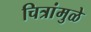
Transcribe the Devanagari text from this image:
चित्रांमुळे